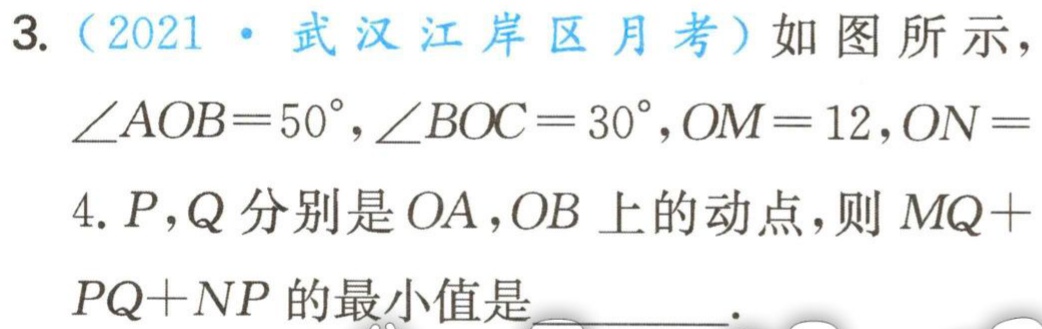
3.（2021·武汉江岸区月考）如图所示，

$\angle AOB = 50^{\circ},\angle BOC = 30^{\circ},OM = 12,ON =$

4. $P,Q$分别是$OA,OB$上的动点，则$MQ +$

$PQ + NP$的最小值是___.